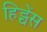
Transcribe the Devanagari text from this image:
हिट्चेंस